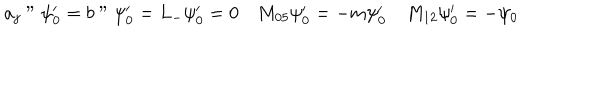
LaTeX: a _ { j } " \psi _ { 0 } ^ { \prime } = b " \psi _ { 0 } ^ { \prime } = L _ { - } \psi _ { 0 } ^ { \prime } = 0 \quad M _ { 0 5 } \psi _ { 0 } ^ { \prime } = - m \psi _ { 0 } ^ { \prime } \quad M _ { 1 2 } \psi _ { 0 } ^ { \prime } = - \psi _ { 0 }